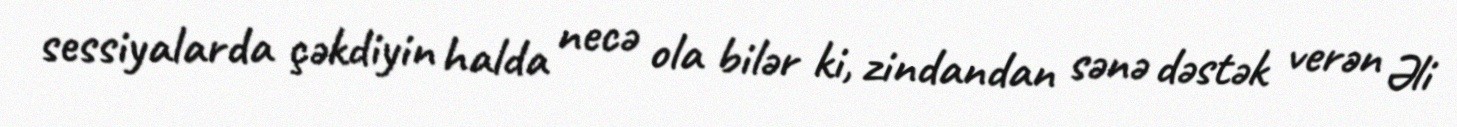
sessiyalarda çəkdiyin halda necə ola bilər ki, zindandan sənə dəstək verən Əli